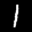
Label: 1